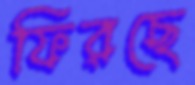
ফিরছে